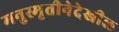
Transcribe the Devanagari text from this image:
मनुस्मृतीनेदेखील